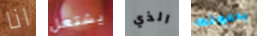
انا يشتعل الذي يدعونه